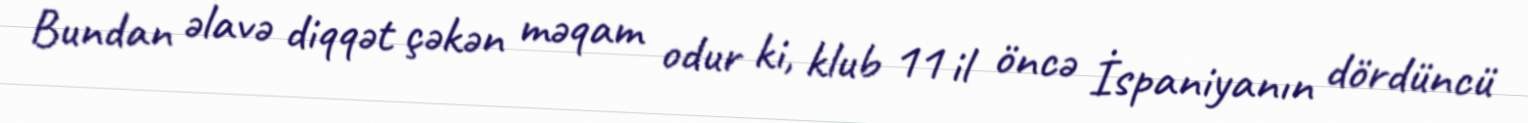
Bundan əlavə diqqət çəkən məqam odur ki, klub 11 il öncə İspaniyanın dördüncü